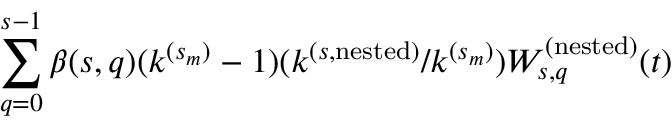
\sum _ { q = 0 } ^ { s - 1 } \beta ( s , q ) ( k ^ { ( s _ { m } ) } - 1 ) ( k ^ { ( s , \mathrm { n e s t e d } ) } / k ^ { ( s _ { m } ) } ) W _ { s , q } ^ { ( \mathrm { n e s t e d } ) } ( t )